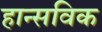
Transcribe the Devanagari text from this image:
हान्सविक